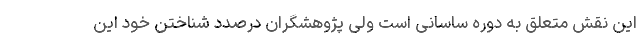
این نقش متعلق به دوره ساسانی است ولی پژوهشگران درصدد شناختن خود این